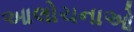
આલોચનાઓ